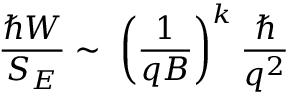
\frac { \hbar W } { S _ { E } } \sim \; \biggl ( \frac { 1 } { q B } \biggr ) ^ { k } \: \frac { \hbar } { q ^ { 2 } }